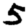
Digit: 5